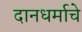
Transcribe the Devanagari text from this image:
दानधर्माचे